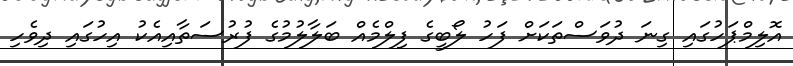
އޮލިމްޕަހުގައި ގިނަ ދުވަސްތަކަށް ފަހު ލޯބީގެ ފިލްމެއް ބަލާލުމުގެ ފުރުސަތާއިއެކު އިހުގައި ދިވެހި